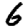
Digit: 6